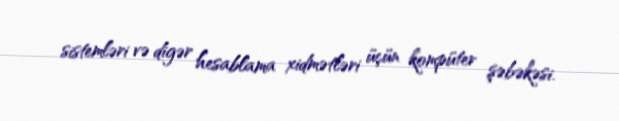
sistemləri və digər hesablama xidmətləri üçün kompüter şəbəkəsi.